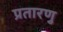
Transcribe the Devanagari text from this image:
प्रतारणु